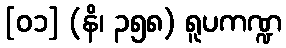
[၀၁] (နိ၊ ၃၅၈) ရူပကဏ္ဍ